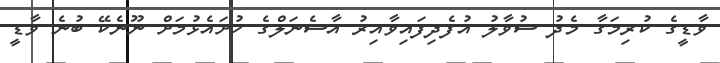
ވާޑީގެ ކުރިމަގާ މެދު ސުވާލު އުފެދިފައިވާއިރު އާސެނަލްގެ ހުށައެޅުމަށް ނޫނެކޭ ބުނެ ވާޑީ